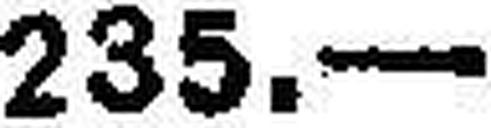
235.—